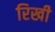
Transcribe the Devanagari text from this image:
रिखी